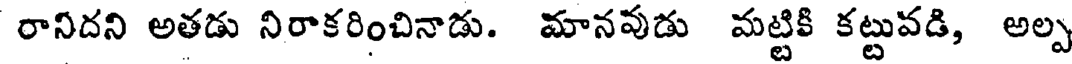
రానిదని అతడు నిరాకరించినాడు. మానవుడు మట్టికి కట్టువడి, అల్ప